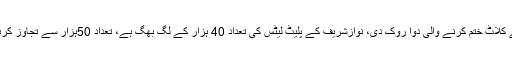
میڈیکل بورڈ نے نوازشریف کو خون کے کے کلاٹ ختم کرنے والی دوا روک دی، نوازشریف کے پلیٹ لیٹس کی تعداد 40 ہزار کے لگ بھگ ہے، تعداد 50ہزار سے تجاوز کرنے تک کلوپیڈوگرل استعمال نہیں کراسکتے‘۔